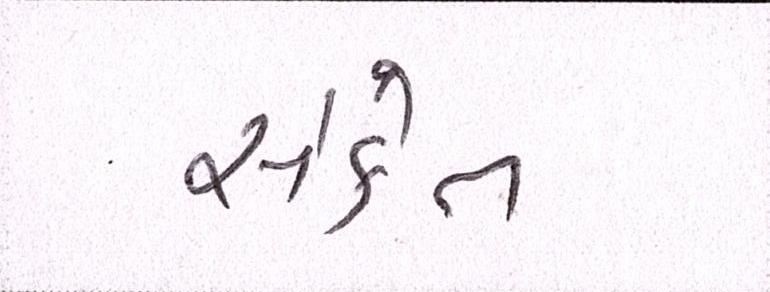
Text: સંકેત